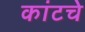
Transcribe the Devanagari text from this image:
कांटचे